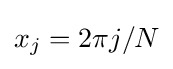
x_{j}=2\pi j/N